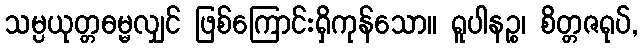
သမ္ပယုတ္တဓမ္မလျှင် ဖြစ်ကြောင်းရှိကုန်သော။ ရူပါနဉ္စ၊ စိတ္တဇရုပ်,